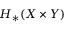
H _ { * } ( X \times Y )